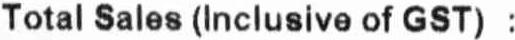
TOTAL SALES (INCLUSIVE OF GST) :